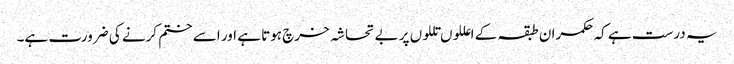
یہ درست ہے کہ حکمران طبقہ کے اعللوں تللوں پر بے تحاشہ خرچ ہوتا ہے اور اسے ختم کرنے کی ضرورت ہے۔